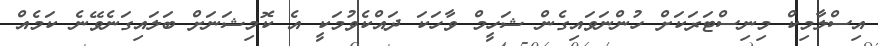
އިސްލާމިކް މިނިސްޓަރަކަށް ހުންނަވައިގެން ޝަހީމް ވާހަކަ ދައްކެވުމަކީ އެ ކޮމިޝަނަށް ބަލައިގަނެވޭނެ ކަމެއް